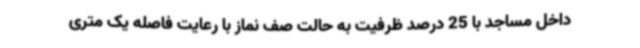
داخل مساجد با 25 درصد ظرفیت به حالت صف نماز با رعایت فاصله یک متری